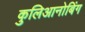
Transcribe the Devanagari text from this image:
कुलिआनोबिंग